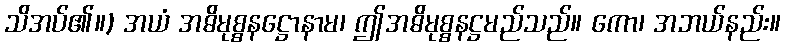
သိအပ်၏။) အယံ အဓိမုစ္စနဋ္ဌောနာမ၊ ဤအဓိမုစ္စနဋ္ဌမည်သည်။ ကော၊ အဘယ်နည်း။